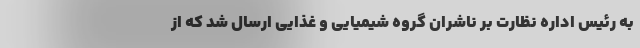
به رئیس اداره نظارت بر ناشران گروه شیمیایی و غذایی ارسال شد که از